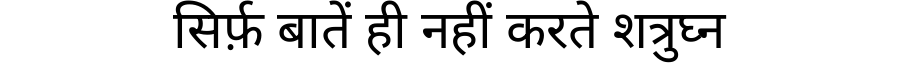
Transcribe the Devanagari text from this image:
सिर्फ़ बातें ही नहीं करते शत्रुघ्न